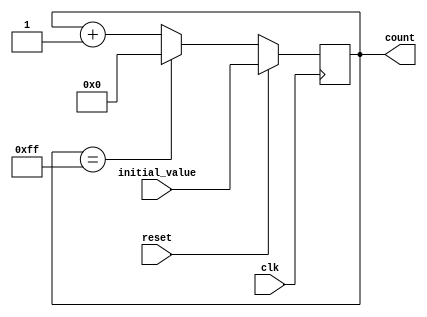
module synchronous_counter (
    input          clk,
    input          reset,
    input  [7:0]   initial_value,
    output reg [7:0] count
);

reg [7:0] next_count;

// Counter logic
always @(posedge clk) begin
    if (reset) begin
        count <= initial_value;
    end else begin
        count <= next_count;
    end
end

// Ripple carry logic
always @* begin
    if (count == 8'hFF) begin
        next_count = 8'h00;
    end else begin
        next_count = count + 1;
    end
end

endmodule